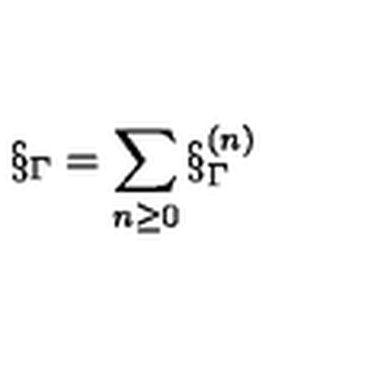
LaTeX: \S _ { \Gamma } = \sum _ { n \ge 0 } \S _ { \Gamma } ^ { ( n ) }